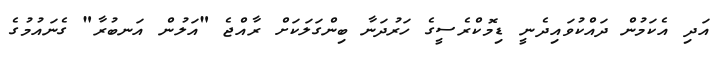
އަދި އެކަމުން ދައްކުވައިދެނީ ޑިމޮކްރެސީގެ ހަރުދަނާ ބިންގަލަކަށް ރާއްޖެ "އަލުން އަނބުރާ" ގެނައުމުގެ